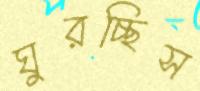
ঘুরচ্ছিস